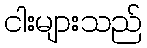
ငါးများသည်